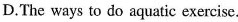
D.The ways to do aquatic exercise.